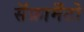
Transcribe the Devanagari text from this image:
सॅक्रामँटो